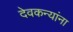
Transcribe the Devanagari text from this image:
देवकन्यांना